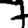
Digit: 7